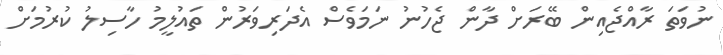
ނުވަތަ ރާއްޖެއިން ބޭރަށް ދާން ޖެހުނު ނަމަވެސް އެދަރިވަރުން ތައުލީމު ހާސިލު ކުރުމަށް